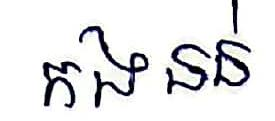
កងនន់